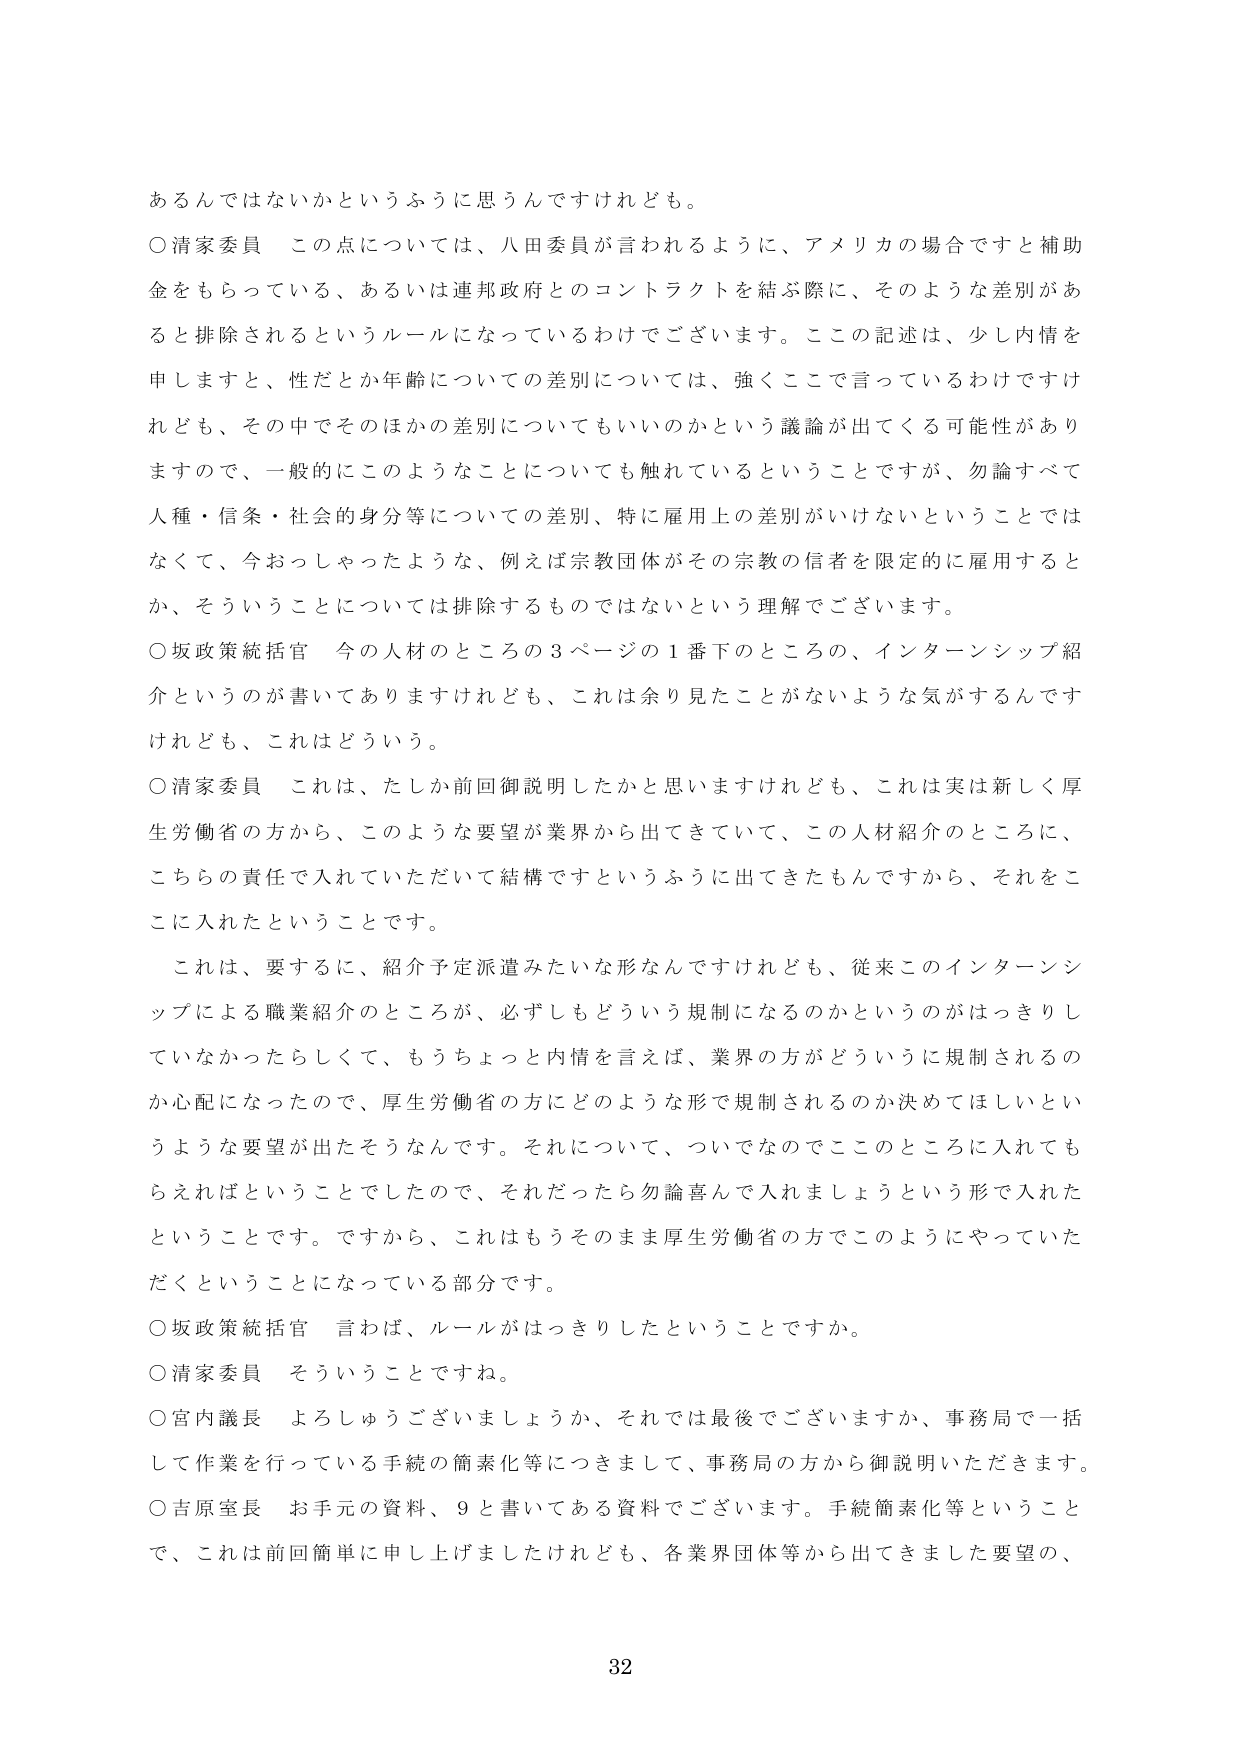
あるんではないかというふうに思うんですけれども。

○清家委員　この点については、八田委員が言われるように、アメリカの場合ですと補助金をもらっている、あるいは連邦政府とのコントラクトを結ぶ際に、そのような差別があると排除されるというルールになっているわけでございます。ここの記述は、少し内情を申しますと、性だとか年齢についての差別については、強くここで言っているわけですが、その中でそのほかの差別についてもいいのかという議論が出てくる可能性がありますので、一般的にこのようなことについても触れているということですが、勿論すべて人種・信条・社会的身分等についての差別、特に雇用上の差別がいけないということではなくて、今おっしゃったような、例えば宗教団体がその宗教の信者を限定的に雇用するとか、そういうことについては排除するものではないという理解でございます。

○坂政策統括官　今の人材のところの3ページの1番下のところの、インターンシップ紹介というのが書いてありますけれども、これは余り見たことがないような気がするんですけれども、これはどういう。

○清家委員　これは、たしか前回御説明したかと思いますけれども、これは実は新しく厚生労働省の方から、このような要望が業界から出てきていて、この人材紹介のところに、こちらの責任で入れていただいて結構ですというふうに出てきたもんですから、それをここに入れたということです。

これは、要するに、紹介予定派遣みたいな形なんですけれども、従来このインターンシップによる職業紹介のところが、必ずしもどういう規制になるのかというのがはっきりしていなかったらしくて、もうちょっと内情を言えば、業界の方がどういうに規制されるのか心配になったので、厚生労働省の方にどのような形で規制されるのか決めてほしいというような要望が出たそうなんです。それについて、ついでなのでこのところに入れてもらえればということでしたので、それだったら勿論喜んで入れましょうという形で入れたということです。ですから、これはもうそのまま厚生労働省の方でこのようにやっていただくということになっている部分です。

○坂政策統括官　言わば、ルールがはっきりしたということですか。

○清家委員　そういうことですね。

○宮内議長　よろしうございますでしょうか、それでは最後でございますか、事務局で一括して作業を行っている手続の簡素化等につきまして、事務局の方から御説明いただきます。

○吉原室長　お手元の資料、9と書いてある資料でございます。手続簡素化等ということで、これは前回簡単に申し上げましたけれども、各業界団体等から出てきました要望の、

32